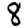
Digit: 8